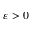
\varepsilon > 0